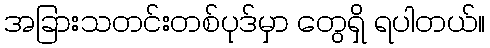
အခြားသတင်းတစ်ပုဒ်မှာ တွေရှိ ရပါတယ်။